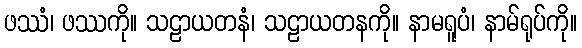
ဖဿံ၊ ဖဿကို။ သဠာယတနံ၊ သဠာယတနကို။ နာမရူပံ၊ နာမ်ရုပ်ကို။